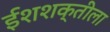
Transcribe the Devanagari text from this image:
ईशशक्तीला